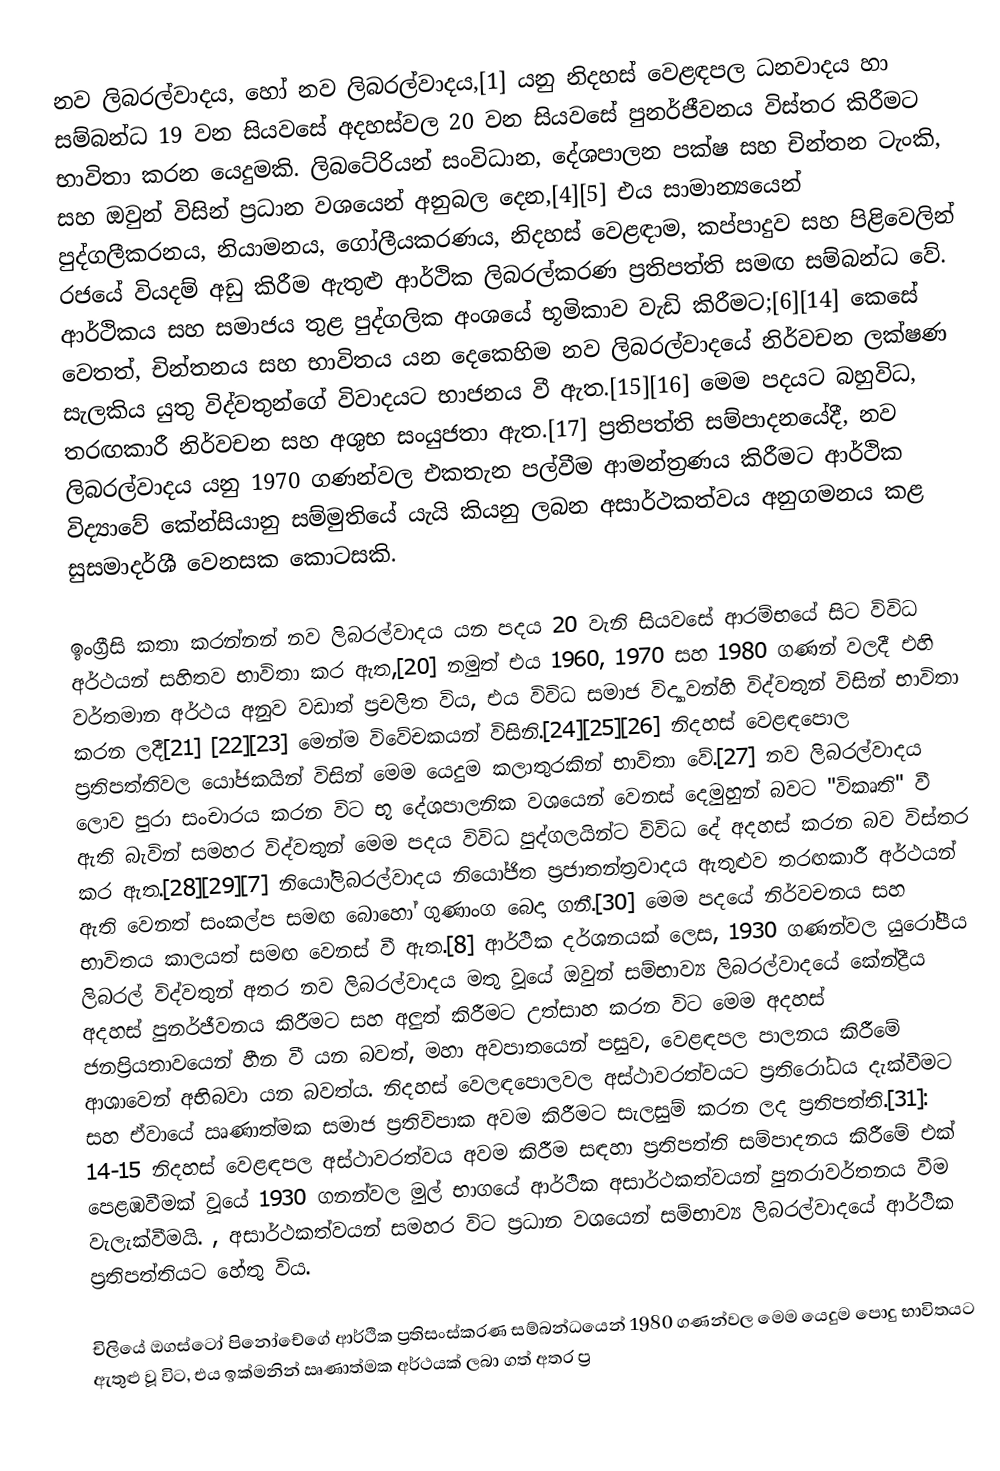

නව ලිබරල්වාදය, හෝ නව ලිබරල්වාදය,[1] යනු නිදහස් වෙළඳපල ධනවාදය හා සම්බන්ධ 19 වන සියවසේ අදහස්වල 20 වන සියවසේ පුනර්ජීවනය විස්තර කිරීමට භාවිතා කරන යෙදුමකි. ලිබටේරියන් සංවිධාන, දේශපාලන පක්ෂ සහ චින්තන ටැංකි, සහ ඔවුන් විසින් ප්‍රධාන වශයෙන් අනුබල දෙන,[4][5] එය සාමාන්‍යයෙන් පුද්ගලීකරනය, නියාමනය, ගෝලීයකරණය, නිදහස් වෙළඳාම, කප්පාදුව සහ පිළිවෙලින් රජයේ වියදම් අඩු කිරීම ඇතුළු ආර්ථික ලිබරල්කරණ ප්‍රතිපත්ති සමඟ සම්බන්ධ වේ. ආර්ථිකය සහ සමාජය තුළ පුද්ගලික අංශයේ භූමිකාව වැඩි කිරීමට;[6][14] කෙසේ වෙතත්, චින්තනය සහ භාවිතය යන දෙකෙහිම නව ලිබරල්වාදයේ නිර්වචන ලක්ෂණ සැලකිය යුතු විද්වතුන්ගේ විවාදයට භාජනය වී ඇත.[15][16] මෙම පදයට බහුවිධ, තරඟකාරී නිර්වචන සහ අශුභ සංයුජතා ඇත.[17] ප්‍රතිපත්ති සම්පාදනයේදී, නව ලිබරල්වාදය යනු 1970 ගණන්වල එකතැන පල්වීම ආමන්ත්‍රණය කිරීමට ආර්ථික විද්‍යාවේ කේන්සියානු සම්මුතියේ යැයි කියනු ලබන අසාර්ථකත්වය අනුගමනය කළ සුසමාදර්ශී වෙනසක කොටසකි.

ඉංග්‍රීසි කතා කරන්නන් නව ලිබරල්වාදය යන පදය 20 වැනි සියවසේ ආරම්භයේ සිට විවිධ අර්ථයන් සහිතව භාවිතා කර ඇත,[20] නමුත් එය 1960, 1970 සහ 1980 ගණන් වලදී එහි වර්තමාන අර්ථය අනුව වඩාත් ප්‍රචලිත විය, එය විවිධ සමාජ විද්‍යාවන්හි විද්වතුන් විසින් භාවිතා කරන ලදී[21] [22][23] මෙන්ම විවේචකයන් විසිනි.[24][25][26] නිදහස් වෙළඳපොල ප්‍රතිපත්තිවල යෝජකයින් විසින් මෙම යෙදුම කලාතුරකින් භාවිතා වේ.[27] නව ලිබරල්වාදය ලොව පුරා සංචාරය කරන විට භූ දේශපාලනික වශයෙන් වෙනස් දෙමුහුන් බවට "විකෘති" වී ඇති බැවින් සමහර විද්වතුන් මෙම පදය විවිධ පුද්ගලයින්ට විවිධ දේ අදහස් කරන බව විස්තර කර ඇත.[28][29][7] නියෝලිබරල්වාදය නියෝජිත ප්‍රජාතන්ත්‍රවාදය ඇතුළුව තරඟකාරී අර්ථයන් ඇති වෙනත් සංකල්ප සමඟ බොහෝ ගුණාංග බෙදා ගනී.[30] මෙම පදයේ නිර්වචනය සහ භාවිතය කාලයත් සමඟ වෙනස් වී ඇත.[8] ආර්ථික දර්ශනයක් ලෙස, 1930 ගණන්වල යුරෝපීය ලිබරල් විද්වතුන් අතර නව ලිබරල්වාදය මතු වූයේ ඔවුන් සම්භාව්‍ය ලිබරල්වාදයේ කේන්ද්‍රීය අදහස් පුනර්ජීවනය කිරීමට සහ අලුත් කිරීමට උත්සාහ කරන විට මෙම අදහස් ජනප්‍රියතාවයෙන් හීන වී යන බවත්, මහා අවපාතයෙන් පසුව, වෙළඳපල පාලනය කිරීමේ ආශාවෙන් අභිබවා යන බවත්ය. නිදහස් වෙලඳපොලවල අස්ථාවරත්වයට ප්‍රතිරෝධය දැක්වීමට සහ ඒවායේ ඍණාත්මක සමාජ ප්‍රතිවිපාක අවම කිරීමට සැලසුම් කරන ලද ප්‍රතිපත්ති.[31]: 14-15  නිදහස් වෙළඳපල අස්ථාවරත්වය අවම කිරීම සඳහා ප්‍රතිපත්ති සම්පාදනය කිරීමේ එක් පෙළඹවීමක් වූයේ 1930 ගනන්වල මුල් භාගයේ ආර්ථික අසාර්ථකත්වයන් පුනරාවර්තනය වීම වැලැක්වීමයි. , අසාර්ථකත්වයන් සමහර විට ප්‍රධාන වශයෙන් සම්භාව්‍ය ලිබරල්වාදයේ ආර්ථික ප්‍රතිපත්තියට හේතු විය.

චිලියේ ඔගස්ටෝ පිනෝචේගේ ආර්ථික ප්‍රතිසංස්කරණ සම්බන්ධයෙන් 1980 ගණන්වල මෙම යෙදුම පොදු භාවිතයට ඇතුළු වූ විට, එය ඉක්මනින් ඍණාත්මක අර්ථයක් ලබා ගත් අතර ප්‍ර